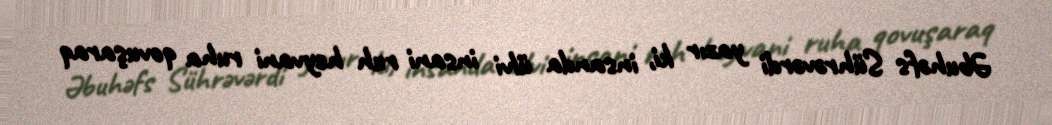
Əbuhəfs Sührəvərdi yazır ki, insanda ülvi insani ruh heyvani ruha qovuşaraq